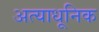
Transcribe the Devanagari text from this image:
अत्याधूनिक